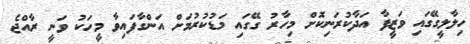
ހިލާލީގޭގައި ވަޒީފާ އަދާކުރަނިކޮށް މިހާރު ގޭގައި މަޑުކުރުމަށް އަންގާފައިވާ މީހަކު ވަނީ ރާއްޖެ